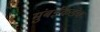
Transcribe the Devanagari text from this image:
मुंबईकडेच